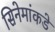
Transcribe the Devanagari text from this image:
सिनेमांकडे